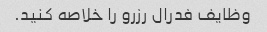
وظایف فدرال رزرو را خلاصه کنید.